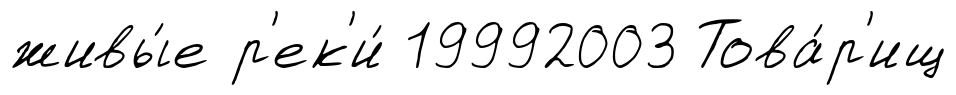
живы́е р'ек'и́ 19992003 Това́р'ищ